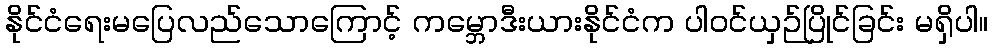
နိုင်ငံရေးမပြေလည်သောကြောင့် ကမ္ဘောဒီးယားနိုင်ငံက ပါဝင်ယှဉ်ပြိုင်ခြင်း မရှိပါ။